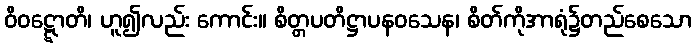
ဝိဝဋ္ဋောတိ၊ ဟူ၍လည်း ကောင်း။ စိတ္တပတိဋ္ဌာပနဝသေန၊ စိတ်ကိုအာရုံ၌တည်စေသော